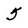
Character: 5